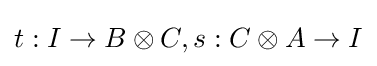
t:I\to B\otimes C,s:C\otimes A\to I